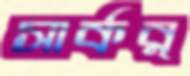
সার্কর্